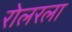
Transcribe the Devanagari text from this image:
रोलरला